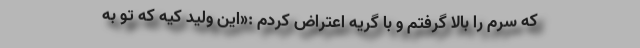
که سرم را بالا گرفتم و با گریه اعتراض کردم :«این ولید کیه که تو به